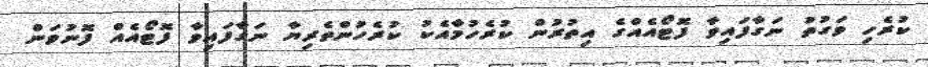
ކުރެހި ވަގުތު ނަގާފައިވާ ފޮޓޯއެއްގެ އިތުރުން ކުރެހުމާއެކު ކުރެހުންތެރިޔާ ނަގާފައިވާ ފޮޓޯއެއް ފޮނުވަން